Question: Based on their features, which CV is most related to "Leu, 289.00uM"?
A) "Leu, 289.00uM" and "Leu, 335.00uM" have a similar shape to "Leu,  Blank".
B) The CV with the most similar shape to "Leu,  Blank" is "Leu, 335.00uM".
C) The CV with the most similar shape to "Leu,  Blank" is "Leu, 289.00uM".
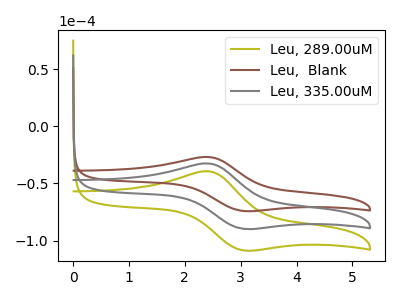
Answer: <think>The olive curve "Leu, 289.00uM" has an anodic peak at (2.45V, -65.00uA) and a cathodic peak at (3.05V, -179.15uA). The brown curve "Leu,  Blank" has an anodic peak at (2.45V, -26.85uA) and a cathodic peak at (3.05V, -74.00uA). The gray curve "Leu, 335.00uM" has an anodic peak at (2.45V, -32.50uA) and a cathodic peak at (3.05V, -89.60uA).
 All the peaks in "Leu, 289.00uM" have a peak in "Leu,  Blank" at the same potential. All the peaks in "Leu, 289.00uM" have a peak in "Leu, 335.00uM" at the same potential. All the peaks in "Leu,  Blank" have a peak in "Leu, 335.00uM" at the same potential.</think>
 <answer>A) "Leu, 289.00uM" and "Leu, 335.00uM" have a similar shape to "Leu,  Blank".</answer>
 <eval>A</eval>